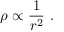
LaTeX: \rho \propto { \frac { 1 } { r ^ { 2 } } } ~ .